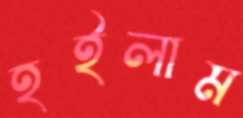
হইলাম